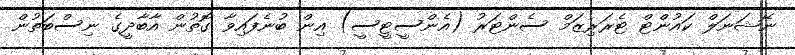
ނޭޝަނަލް ކައުންޓް ޓެރަރިޒަމް ސެންޓަރު (އެންސީޓީސީ) އިން ބުނެފައިވާ ގޮތުން އާބާދީގެ ނިސްބަތުން